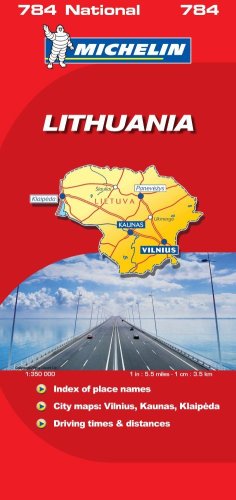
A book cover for Lithuania 2007 (Michelin National Maps); Travel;